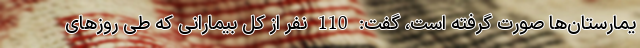
یمارستان‌ها صورت گرفته است، گفت: 110 نفر از کل بیمارانی که طی روزهای